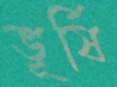
ভূর্ষি